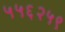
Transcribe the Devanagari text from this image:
५५६२५९